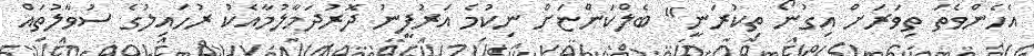
އެހެންވެތަ ތިވަރަށް އިގުނޯ ތިކުރަނީ" ބެލްކަންޏަށް ނިކުމެ އަރުފީނު ދޮރުދަމާލުމާއެކު ރުހައިލުގެ ސުވާލުތައް